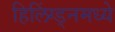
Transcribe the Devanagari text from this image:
हिलिंग्ड्नमध्ये